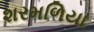
શરમળિયા